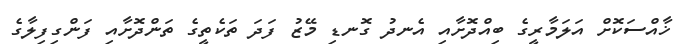
ޚާއްސަކޮށް އަލަމާރީގެ ބިއްދޮށާއި އެނދު ގޮނޑި މޭޒު ފަދަ ތަކެތީގެ ތަންދޮށާއި ފަންގިފިލާގެ